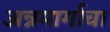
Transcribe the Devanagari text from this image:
अन्नमार्गाचा